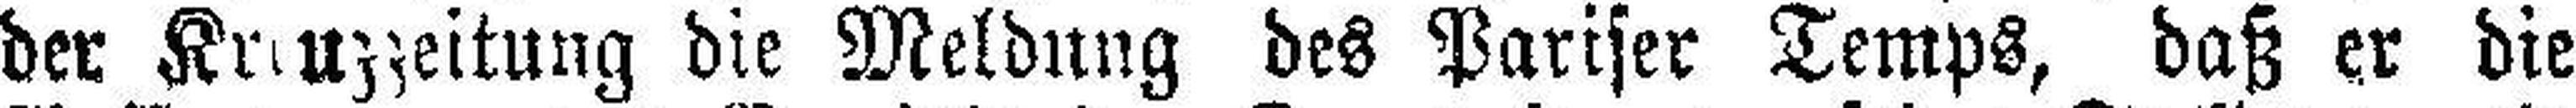
der Kreuzzeitung die Meldung des Pariser Temps, daß er die